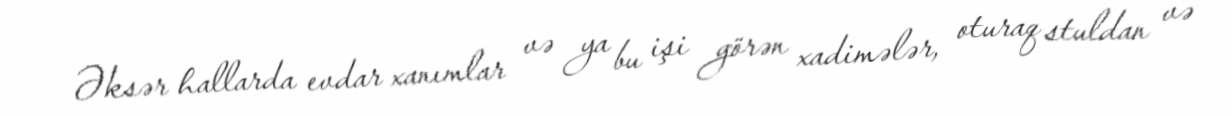
Əksər hallarda evdar xanımlar və ya bu işi görən xadimələr, oturaq stuldan və